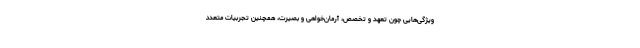
ویژگی‌هایی چون تعهد و تخصص، آرمان‌خواهی و بصیرت، همچنین تجربیات متعدد